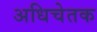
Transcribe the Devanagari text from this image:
अधिचेतक